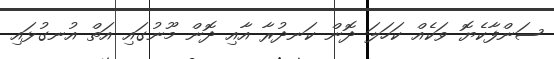
ސަންފާކެޔޮ ވަކެއް ކަހަލަ ދޮން ކަނދުރާ އާއި ދޮން މޫނުގައި އަތް އުނގުޅައި